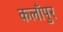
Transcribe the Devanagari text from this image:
कलाँपुर